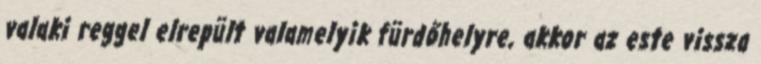
valaki reggel elrepült valamelyik fürdőhelyre, akkor az este vissza